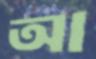
আ